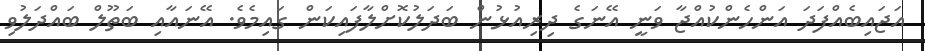
އަޖައިބެއްފަދަ އަންހެންކުއްޖާ ވަނީ އޭނަގެ ދިރިއުޅުން ބަދަލުކޮށްލާފައިކަން ގައިމެވެ. އޭނައާއި ބަތޫލް ބައްދަލުވި